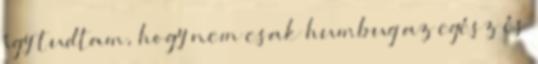
így tudtam, hogy nem csak humbug az egész és